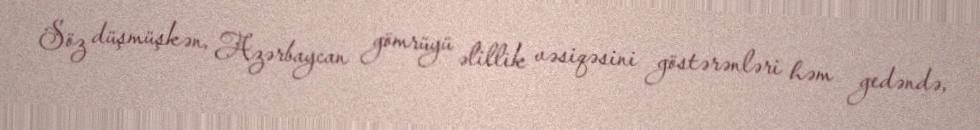
Söz düşmüşkən, Azərbaycan gömrüyü əlillik vəsiqəsini göstərənləri həm gedəndə,